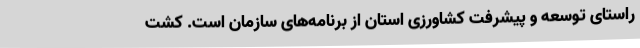
راستای توسعه و پیشرفت کشاورزی استان از برنامه‌های سازمان است. کشت